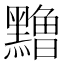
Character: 𱋹